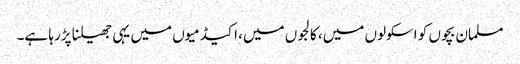
مسلمان بچوں کو اسکولوں میں، کالجوں میں، اکیڈمیوں میں یہی جھیلنا پڑرہا ہے۔